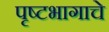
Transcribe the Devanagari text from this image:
पृष्टभागाचे